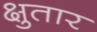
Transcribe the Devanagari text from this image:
क्षुतार